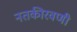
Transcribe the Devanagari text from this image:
नतकीरवणी